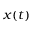
x ( t )